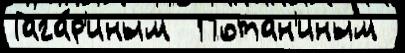
Гага́р'иным  Потан'иным